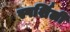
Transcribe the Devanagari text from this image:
स्पर्शिली